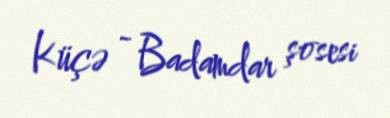
Küçə - Badamdar şosesi